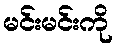
မင်းမင်းကို